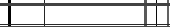
٣٥